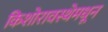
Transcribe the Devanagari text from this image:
किशोरावस्थेमधून